Veterinary regulations India, 1939 -
Year: 1939
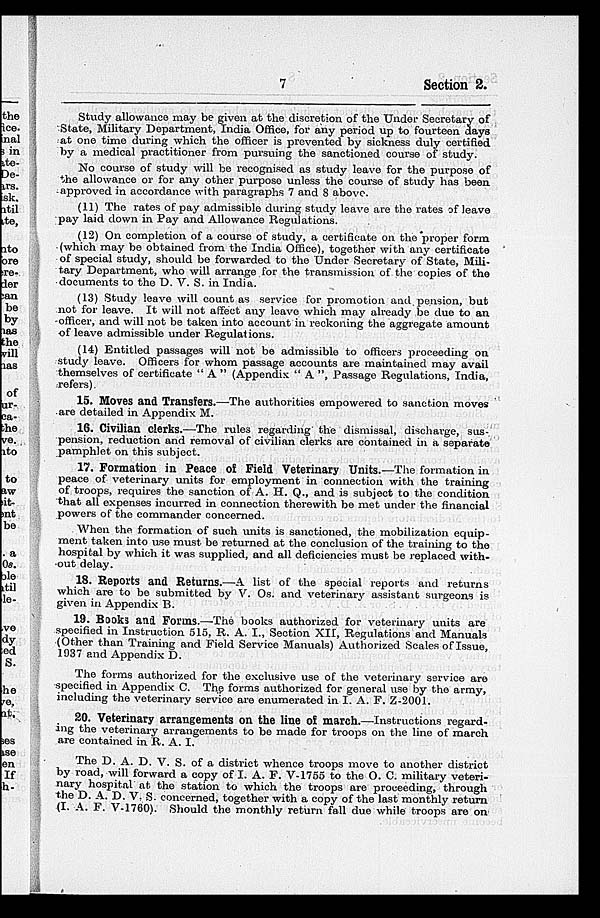
7
Section 2.
Study allowance may be given at the discretion of the Under Secretary of
State, Military Department, India Office, for any period up to fourteen days
at one time during which the officer is prevented by sickness duly certified
by a medical practitioner from pursuing the sanctioned course of study.
No course of study will be recognised as study leave for the purpose of
the allowance or for any other purpose unless the course of study has been
approved in accordance with paragraphs 7 and 8 above.
(11) The rates of pay admissible during study leave are the rates of leave
pay laid down in Pay and Allowance Regulations.
(12) On completion of a course of study, a certificate on the proper form
(which may be obtained from the India Office), together with any certificate
of special study, should be forwarded to the Under Secretary of State, Mili-
tary Department, who will arrange for the transmission of the copies of the
documents to the D. V. S. in India.
(13) Study leave will count as service for promotion and pension, but
not for leave. It will not affect any leave which may already be due to an
officer, and will not be taken into account in reckoning the aggregate amount
of leave admissible under Regulations.
(14) Entitled passages will not be admissible to officers proceeding on
study leave. Officers for whom passage accounts are maintained may avail
themselves of certificate " A " (Appendix " A ", Passage Regulations, India,
refers).
15. Moves and Transfers.—The authorities empowered to sanction moves
are detailed in Appendix M.
16. Civilian clerks.—The rules regarding the dismissal, discharge, sus-
pension, reduction and removal of civilian clerks are contained in a separate
pamphlet on this subject.
17. Formation in Peace of Field Veterinary Units.—The formation in
peace of veterinary units for employment in connection with the training
of troops, requires the sanction of A. H. Q., and is subject to the condition
that all expenses incurred in connection therewith be met under the financial
powers of the commander concerned.
When the formation of such units is sanctioned, the mobilization equip-
ment taken into use must be returned at the conclusion of the training to the
hospital by which it was supplied, and all deficiencies must be replaced with-
out delay.
18. Reports and Returns.—A list of the special reports and returns
which are to be submitted by V. Os. and veterinary assistant surgeons is
given in Appendix B.
19. Books and Forms.—The books authorized for veterinary units are
specified in Instruction 515, R. A. I., Section XII, Regulations and Manuals
(Other than Training and Field Service Manuals) Authorized Scales of Issue,
1937 and Appendix D.
The forms authorized for the exclusive use of the veterinary service are
specified in Appendix C. The forms authorized for general use by the army,
including the veterinary service are enumerated in I. A. F. Z-2001.
20. Veterinary arrangements on the line of march.—Instructions regard-
ing the veterinary arrangements to be made for troops on the line of march
are contained in R. A. I.
The D, A. D. V. S. of a district whence troops move to another district
by road, will forward a copy of I. A. F. V-1755 to the O. C. military veteri-
nary hospital at the station to which the troops are proceeding, through
the D. A. D. V. S. concerned, together with a copy of the last monthly return
(I. A. F. V-1760). Should the monthly return fall due while troops are on